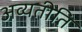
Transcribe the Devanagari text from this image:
अव्यतीति